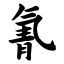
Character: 氰